Scottish Leaving Certificate Examination, 1955
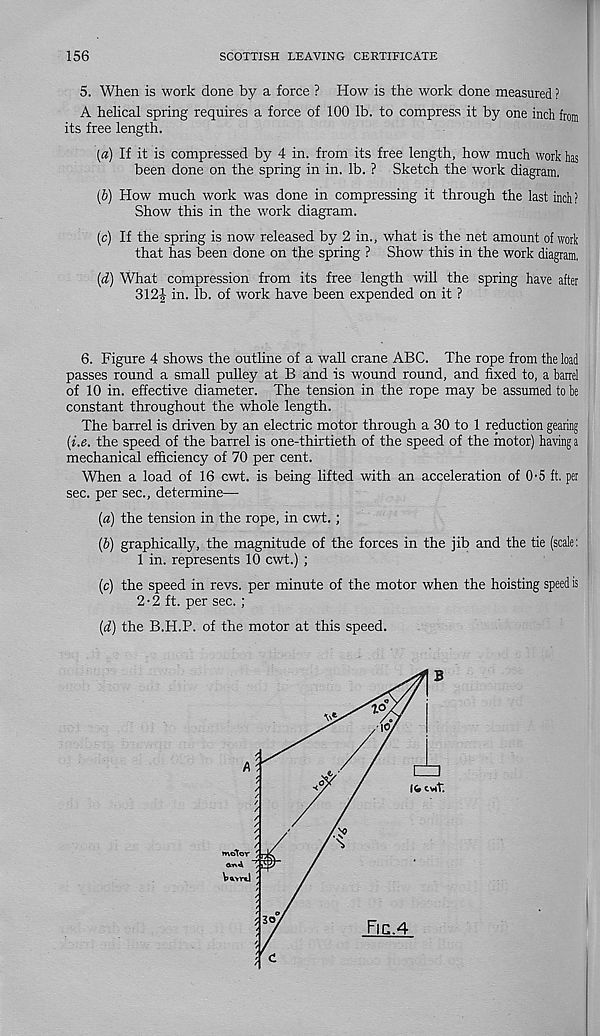
156
SCOTTISH LEAVING CERTIFICATE
5. When is work done by a force ? How is the work done measured ?
A helical spring requires a force of 100 lb. to compress it by one inch from
its free length.
(a) If it is compressed by 4 in. from its free length, how much work has
been done on the spring in in. lb. ? Sketch the work diagram.
(b) How much work was done in compressing it through the last inch ?
Show this in the work diagram.
(c) If the spring is now released by 2 in., what is the net amount of work
that has been done on the spring ? Show this in the work diagram,
(d) What compression from its free length will the spring have after
312^ in. lb. of work have been expended on it ?
6. Figure 4 shows the outline of a wall crane ABC. The rope from the load
passes round a small pulley at B and is wound round, and fixed to, a barrel
of 10 in. effective diameter. The tension in the rope may be assumed to be
constant throughout the whole length.
The barrel is driven by an electric motor through a 30 to 1 reduction gearing
(i.e. the speed of the barrel is one-thirtieth of the speed of the motor) having a
mechanical efficiency of 70 per cent.
When a load of 16 cwt. is being lifted with an acceleration of 0-5 ft. per
sec. per sec., determine—
(a) the tension in the rope, in cwt.;
(b) graphically, the magnitude of the forces in the jib and the tie (scale:
1 in. represents 10 cwt.) ;
(c) the speed in revs, per minute of the motor when the hoisting speed is
2-2 ft. per sec. ;
(d) the B.H.P. of the motor at this speed.
to
l(r CUT.
► neJtor
p<wr«J
So
Fic.4
c